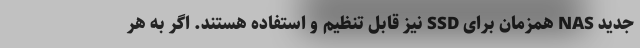
جدید NAS همزمان برای SSD نیز قابل تنظیم و استفاده هستند. اگر به هر